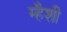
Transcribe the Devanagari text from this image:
म्हैशी